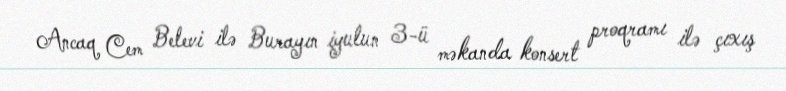
Ancaq Cem Belevi ilə Burayın iyulun 3-ü məkanda konsert proqramı ilə çıxış